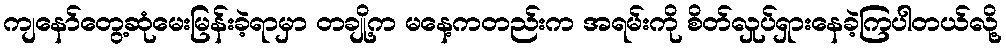
ကျနော်တွေ့ဆုံမေးမြန်းခဲ့ရာမှာ တချို့က မနေ့ကတည်းက အရမ်းကို စိတ်လှုပ်ရှားနေခဲ့ကြပါတယ်လို့